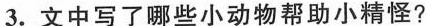
3.文中写了哪些小动物帮助小精怪?